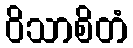
ဝိသာစိတံ